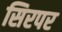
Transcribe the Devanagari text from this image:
सिरपर